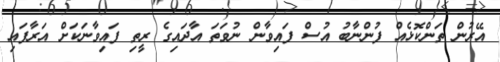
އޭރުން ތަންކޮޅެއް ފުންނާބު އުސް ފައިވާން ނުވަތަ އާދައިގެ ރީތި ފައިވާނަކަށް އަރާފައި